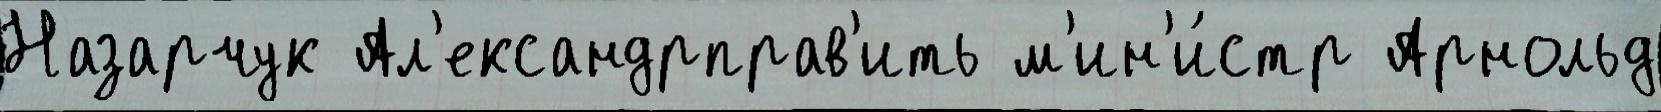
Назарчук Ал'ександрправ'ить м'ин'и́стр Арнольд